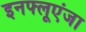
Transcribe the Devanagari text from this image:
इनफ्लूएंजा